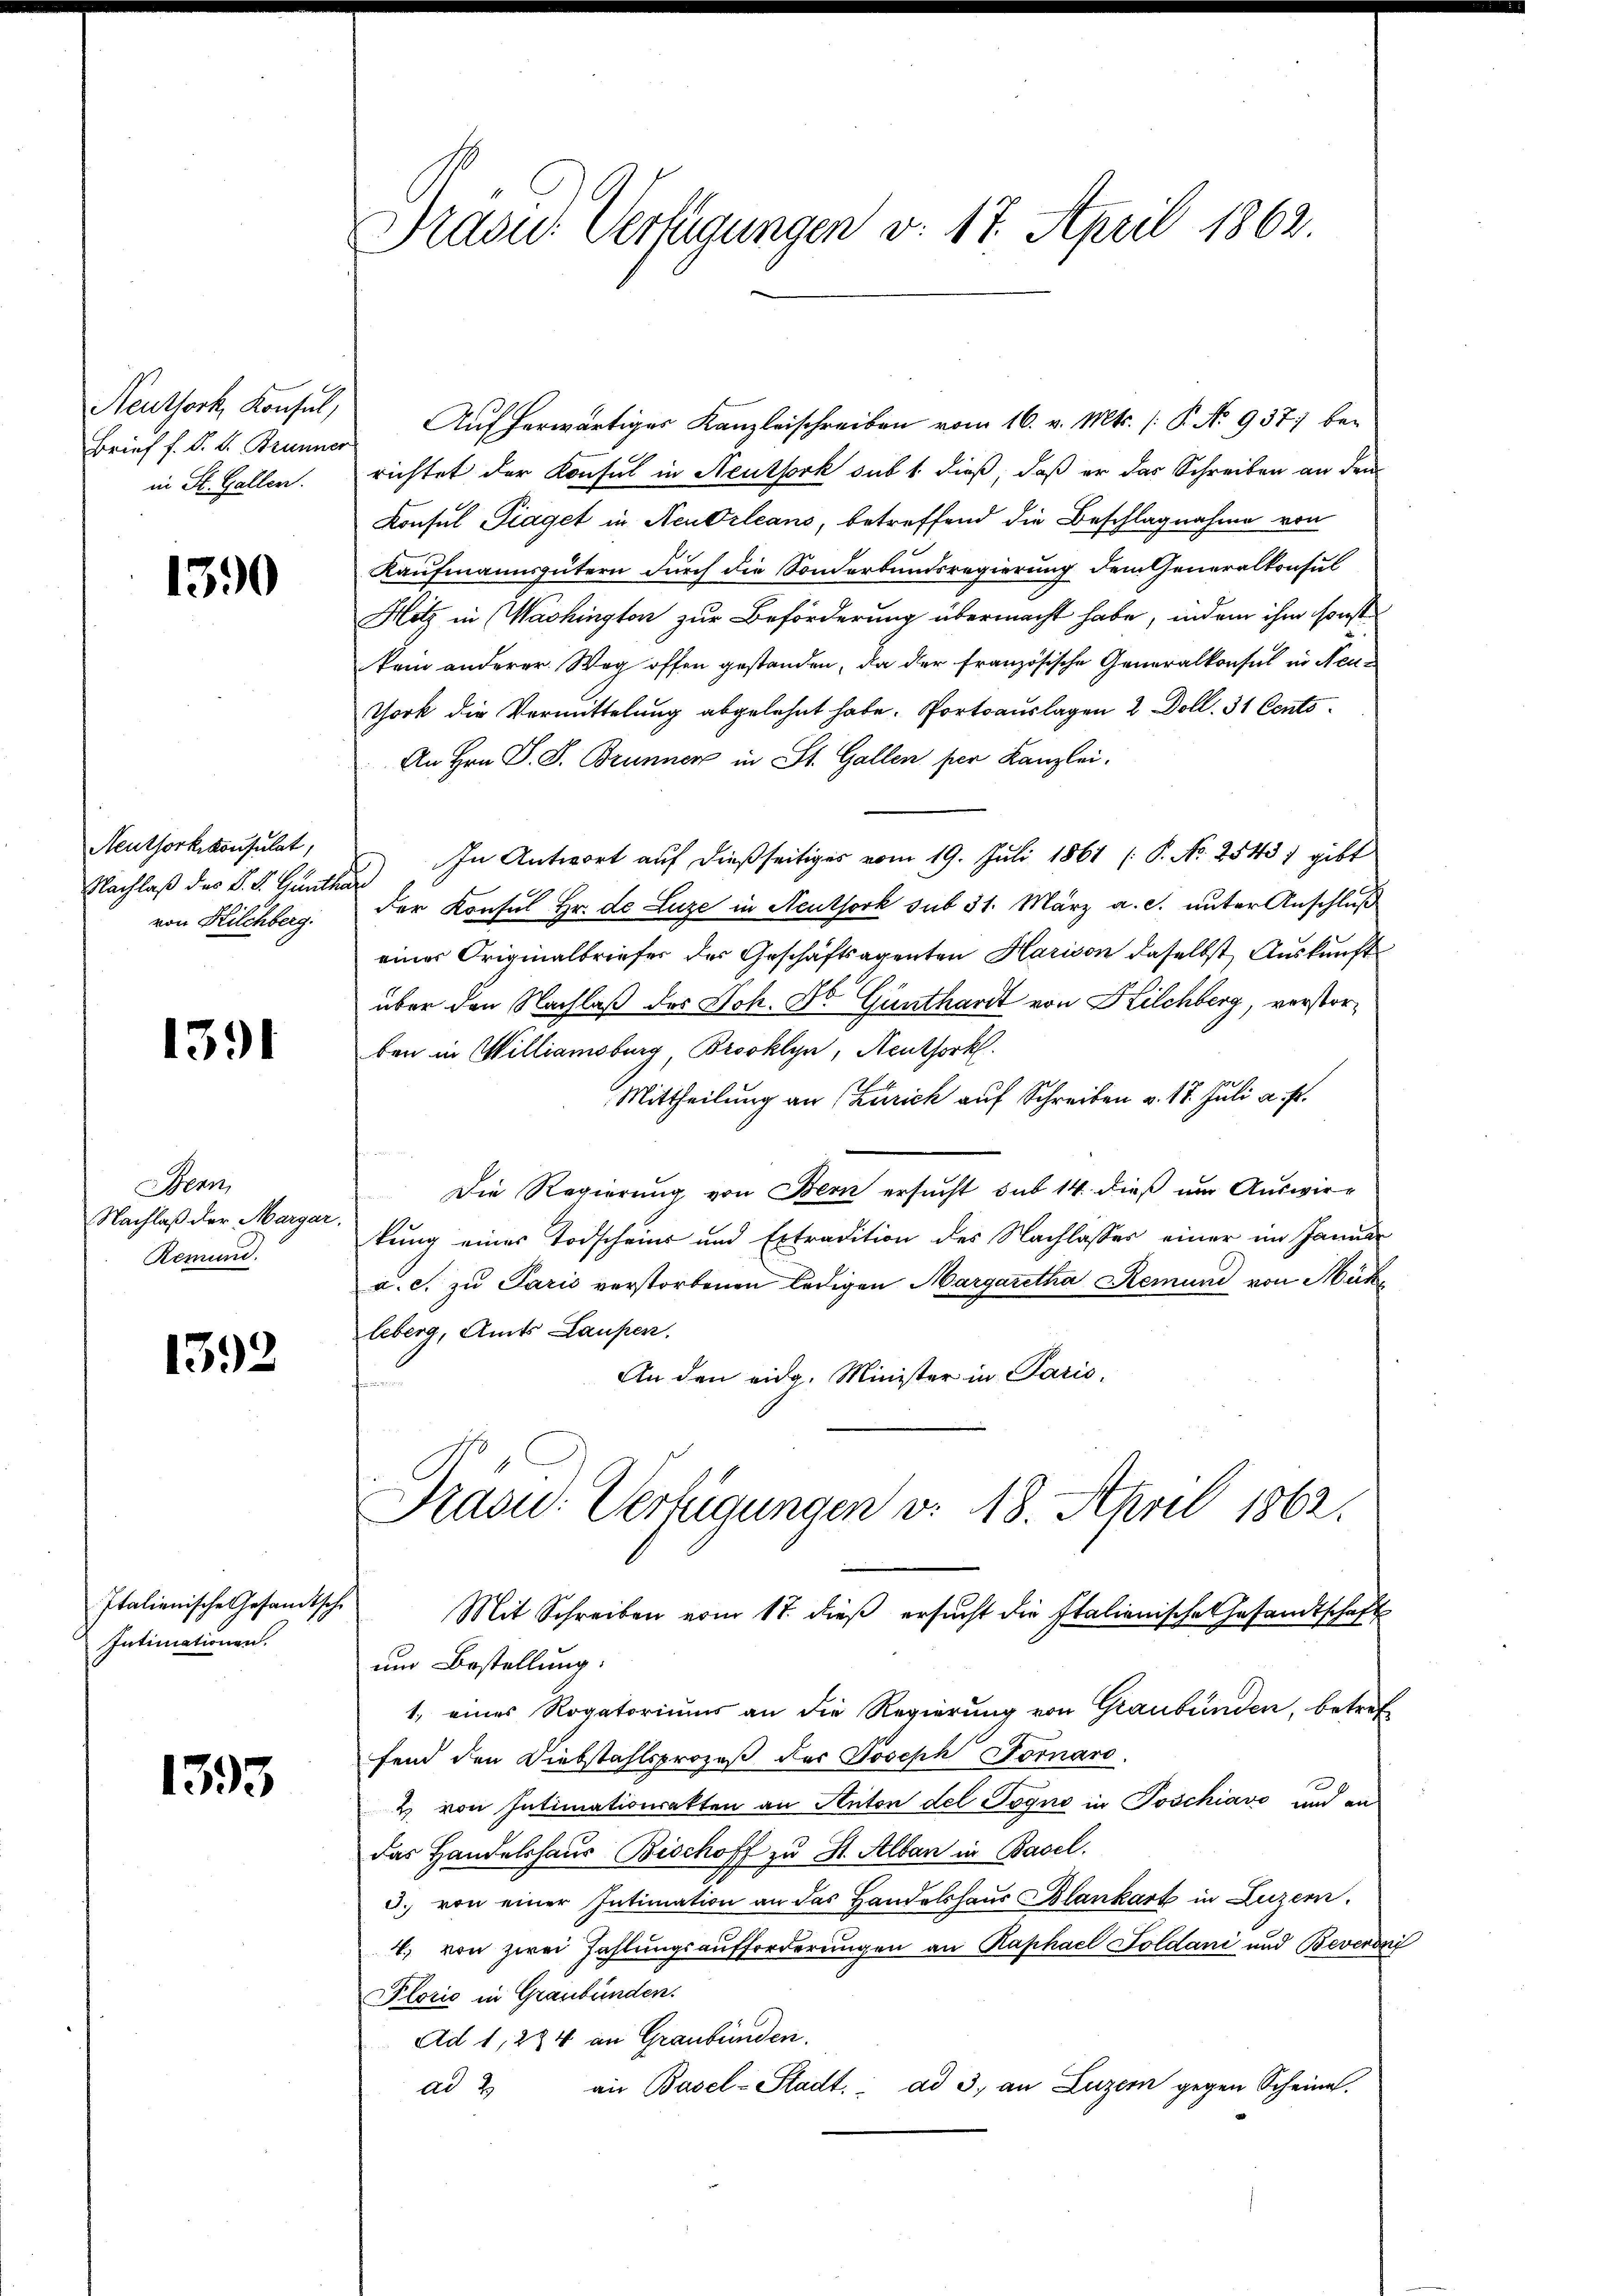
Neuthork, Konsul,
Brief f. S. L. Brunner
in St. Gallen.

1390

Neuthorkskonsulat,
Nachlaß des V. S. Gunte
von Kilchberg.

1391

Bern,
Nachlaß der Margar
Remund.

1392

Italienische Gesandtsche
Intimationen.

1393

Prasus Verfügungen v. 17. April 1862.

Auf herwärtiger Kanzleischreiben vom 16. v. Mts. /: P. No 937) berichtet der Konsul in Neuthork sub 1. dieß, daß er das Schreiben an den
Konsul Piaget in Neudrleans, betreffend die Beschlagnahme von
Kaufmannsgütern durch die Sonderbundsregierung dem Generalkonsul
Hitz in Washington zur Beförderung übermacht habe, indem ihm sonst
kam anderer Weg offen gestanden, da der französische Generalkonsul in Neu¬
York die Vermittelung abgelehnt habe. Portoauslagen 2 Doll. 31 Cents¬
An Hrn. J. J. Brunner in St. Gallen per Kanzlei.
In Antwort auf dießseitiges vom 19. Juli 1861 [P. Nr. 2543, gibt
der Konsul Hr. de Luze in Neuthork sub 31. März a. c. unter Anschluß
eines Originalbriefer des Geschäftsagenten Harison daselbst Auskunft
über den Nachlaß des Joh. Dr. Günthardt von Kilchberg, verstorben in Williamsburg Brooklyn, Neuthork
Mittheilung an (Zürich auf Schreiben v. 18. Juli a. p.
Die Regierung von Bern ersucht sub 14. dieß um Auswirkung eines Todscheins und Extradition des Nachlasses einer im Januar
a. c. zu Paris verstorbenen ledigen Margaretha Remund von Mühe
leberg, Amts Laupen.
An den eidg. Minister in Paris,
n
Frasid. Verfügungen v. 18. April 1862.
Mit Schreiben vom 17. dieß ersucht die Italienische Gesandtschaft
um Bestellung.
1, eines Rogatoriums an die Regierung von Graubünden, betref
fend den Diebstahlsprozeß der Joseph Fornaro
& von Intimationsakten an Anton del Pogne in Poschiavo und an
das Handelshaus Bischoff zu St. Alban in Basel.
3. von einer Intimation an das Handelshaus Blankart in Luzern
4. von zwei Zahlungsaufforderungen an Raphael Soldani und Beveron
Plorić in Graubünden.
Ad 1, 234 an Graubünden.
an Basel-Stadt. ad 3, an Luzern gegen Scheine
ad 2